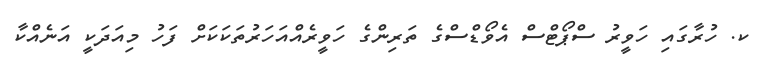
ކ. ހުރާގައި ހަވީރު ސްޕޯޓްސް އެވޯޑްސްގެ ތަރިންގެ ހަވީރެއްއަހަރުތަކަކަށް ފަހު މިއަދަކީ އަނެއްކާ